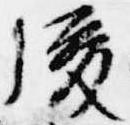
後